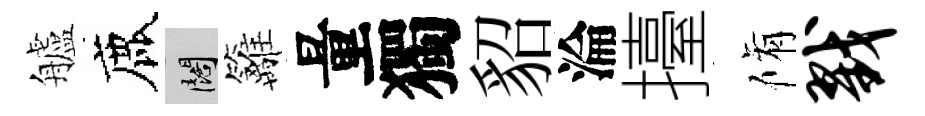
艫鹿闊籬量獨貂淪擡脩戮